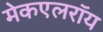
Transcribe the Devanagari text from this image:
मेकएलरॉय